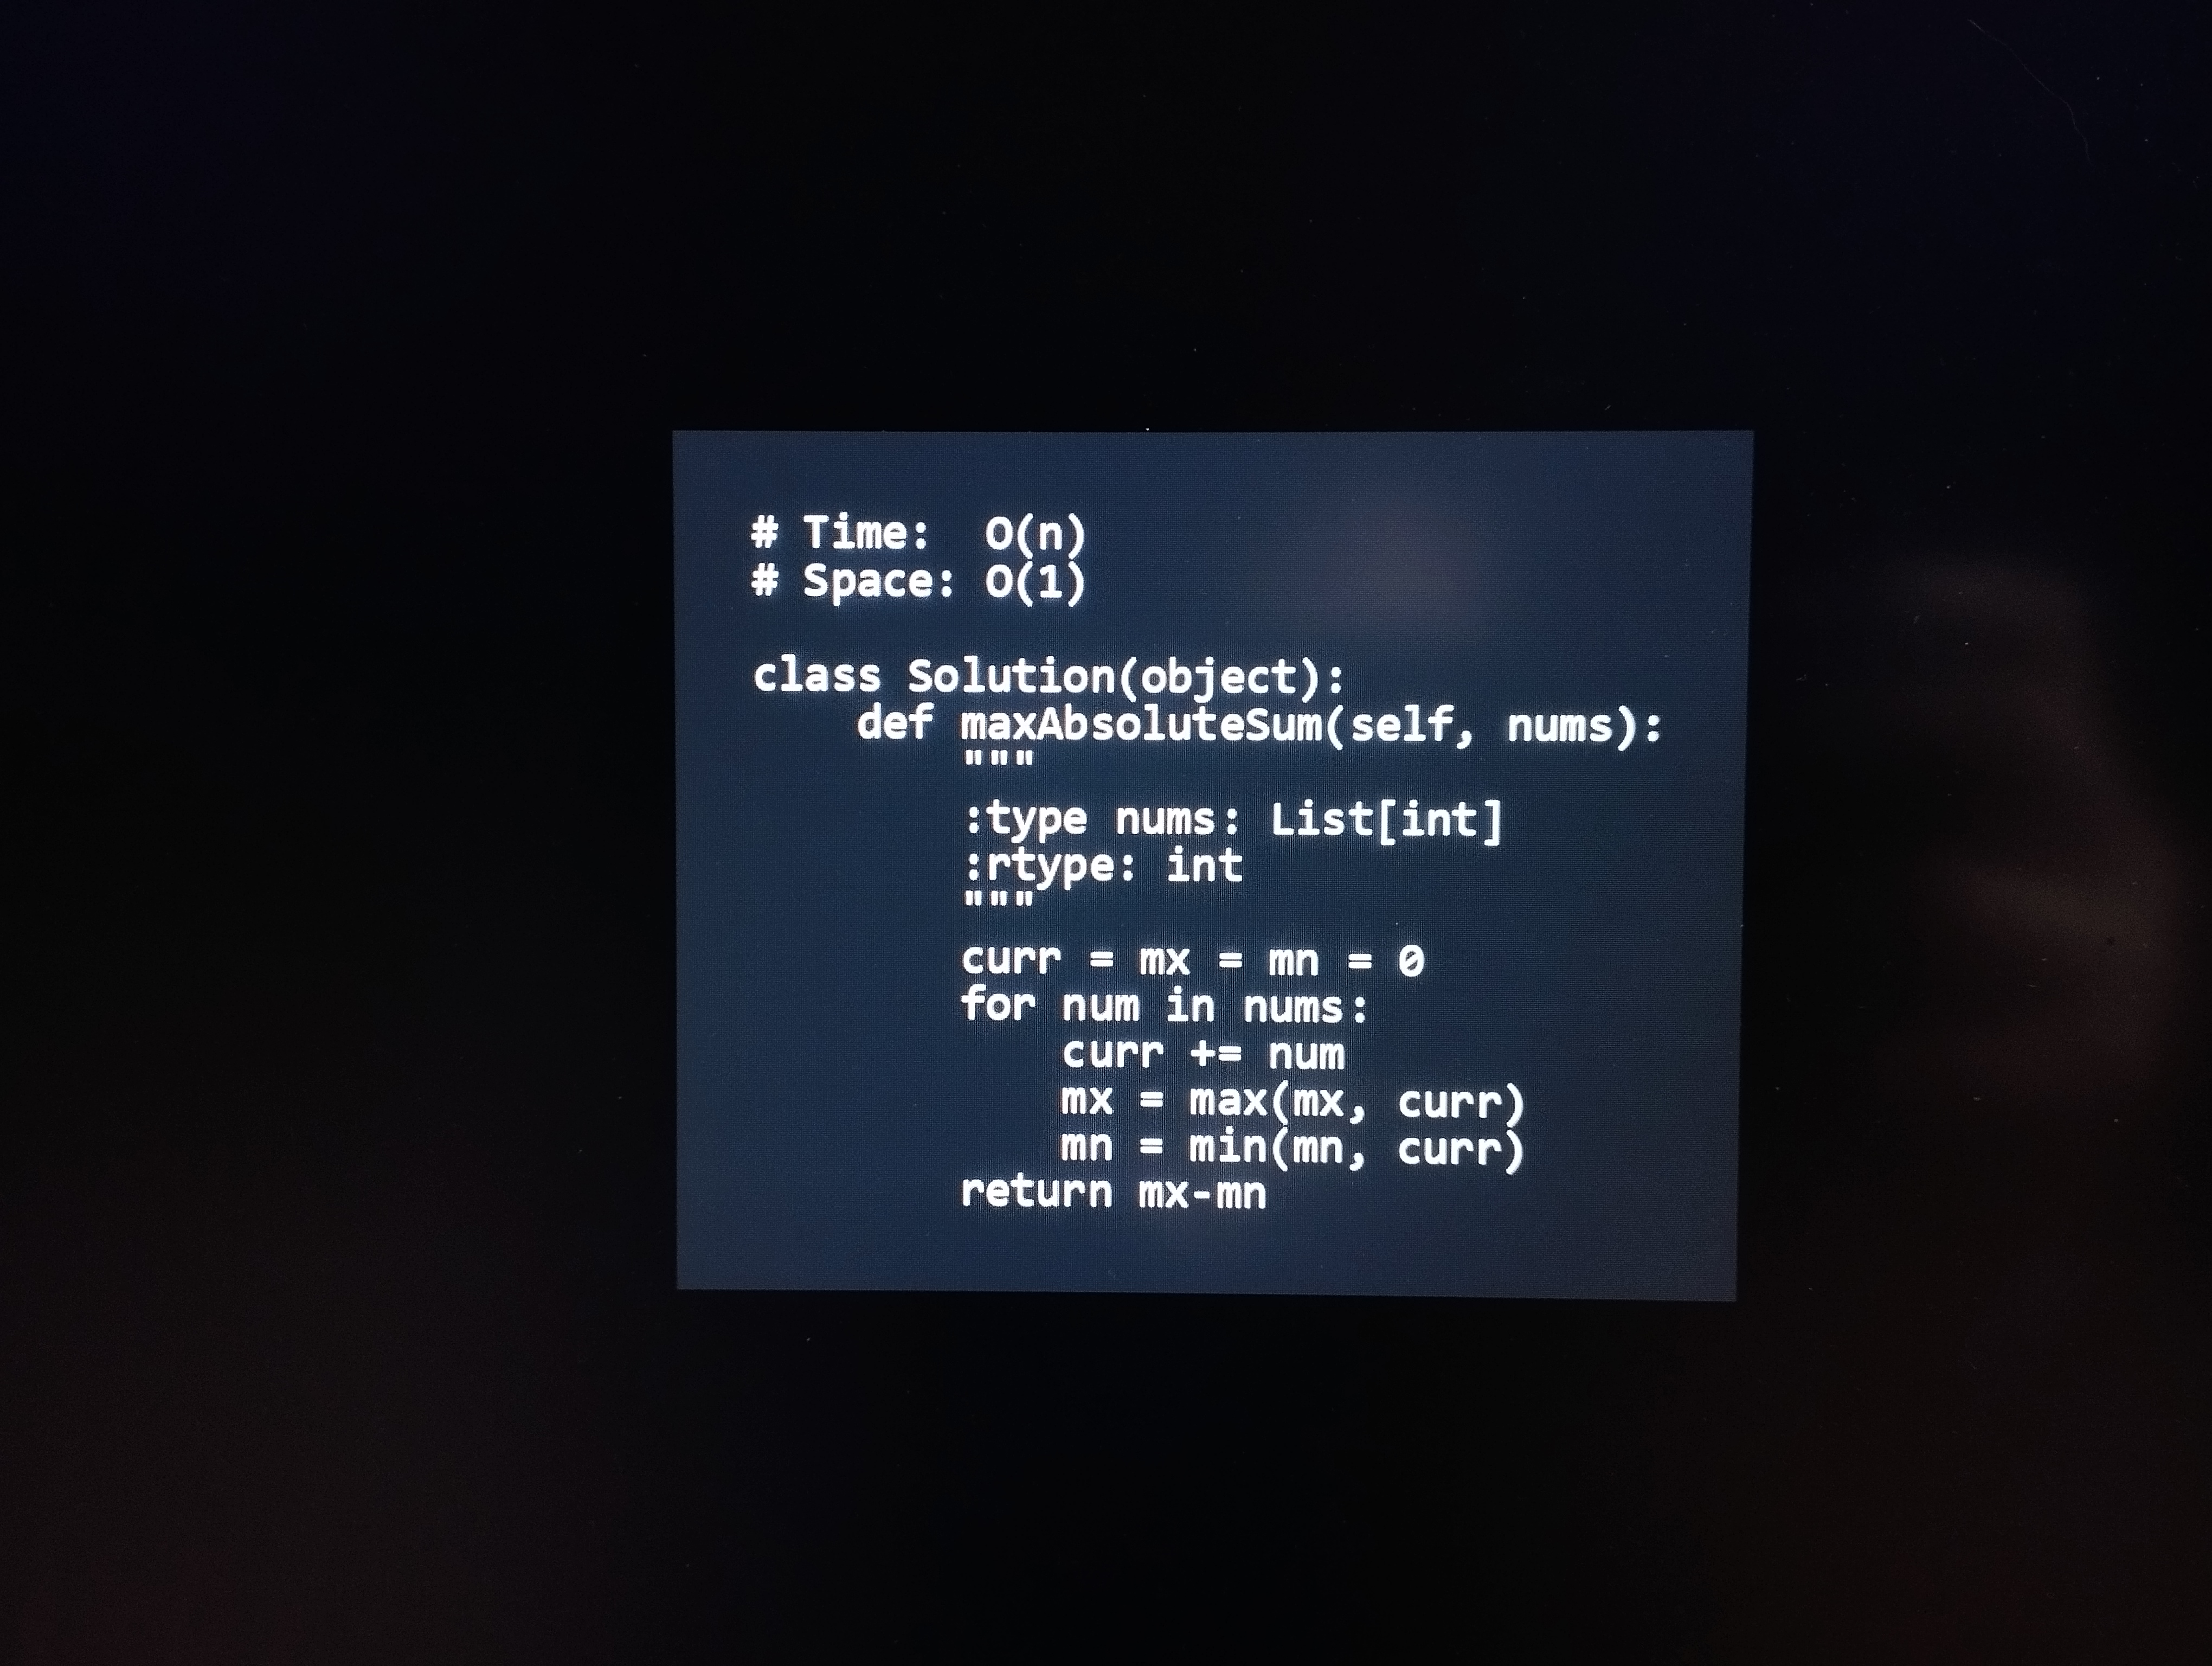
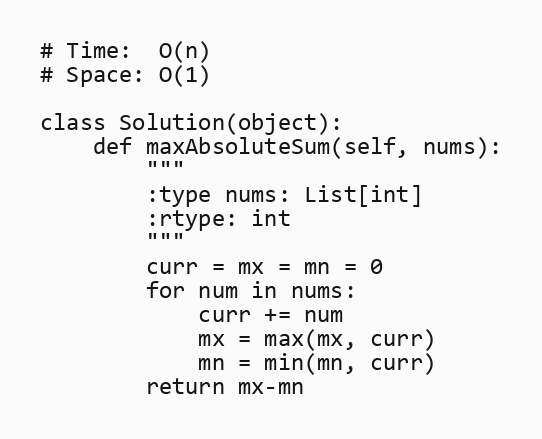
# Time:  O(n)
# Space: O(1)

class Solution(object):
    def maxAbsoluteSum(self, nums):
        """
        :type nums: List[int]
        :rtype: int
        """
        curr = mx = mn = 0
        for num in nums:
            curr += num
            mx = max(mx, curr)
            mn = min(mn, curr)
        return mx-mn